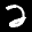
Label: 2